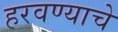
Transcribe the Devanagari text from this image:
हरवण्याचे